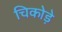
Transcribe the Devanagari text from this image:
चिकोड़े